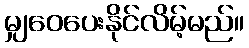
မျှဝေပေးနိုင်လိမ့်မည်။